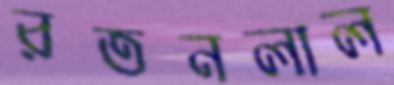
রতনলাল